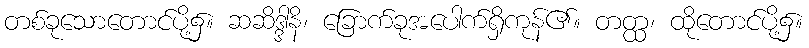
တစ်ခုသောတောင်ပို့၌။ ဆဆိဒ္ဒါနိ၊ ခြောက်ခုအပေါက်ရှိကုန်၏။ တတ္ထ၊ ထိုတောင်ပို့၌။